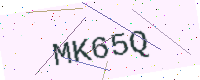
Text: MK65Q